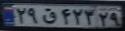
۲۹ق۴۲۳۲۹